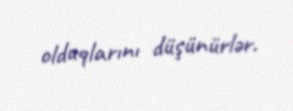
olduqlarını düşünürlər.